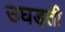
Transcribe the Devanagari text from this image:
उघड़ती